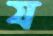
য